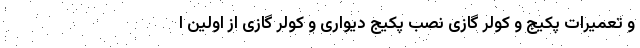
و تعمیرات پکیج و کولر گازی نصب پکیج دیواری و کولر گازی از اولین ا